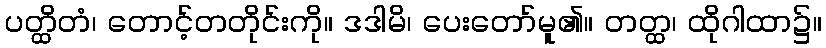
ပတ္ထိတံ၊ တောင့်တတိုင်းကို။ ဒဒါမိ၊ ပေးတော်မူ၏။ တတ္ထ၊ ထိုဂါထာ၌။